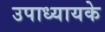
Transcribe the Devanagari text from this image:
उपाध्यायके